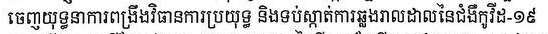
ចេញយុទ្ធនាការពង្រឹងវិធានការប្រយុទ្ធ និងទប់ស្កាត់ការឆ្លងដាលរាលដាលនៃជំងឺកូវីដ-១៩